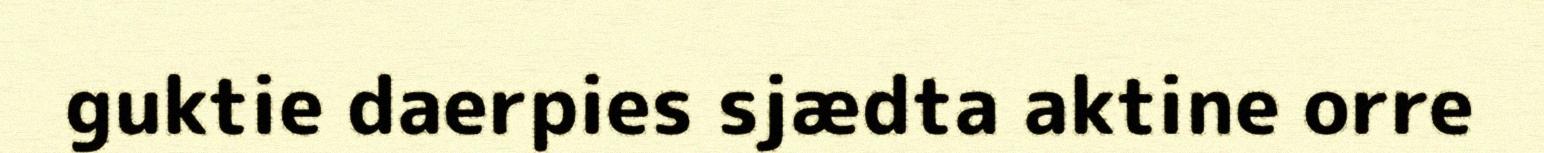
guktie daerpies sjædta aktine orre